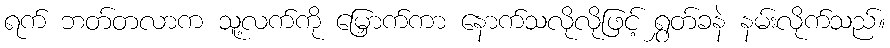
ရက် ဘတ်တလာက သူ့လက်ကို မြှောက်ကာ နောက်သလိုလိုဖြင့် ရွှတ်ခနဲ နမ်းလိုက်သည်။